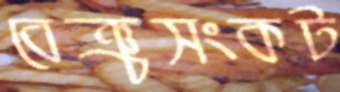
বেঞ্চসংকট